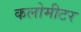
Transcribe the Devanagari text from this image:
कलोमीटर